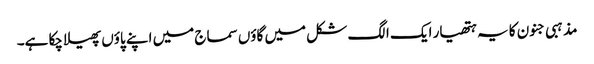
مذہبی جنون کا یہ ہتھیار ایک الگ شکل میں گاؤں سماج میں اپنے پاؤں پھیلا چکا ہے۔